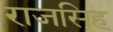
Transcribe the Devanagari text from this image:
राजसिह